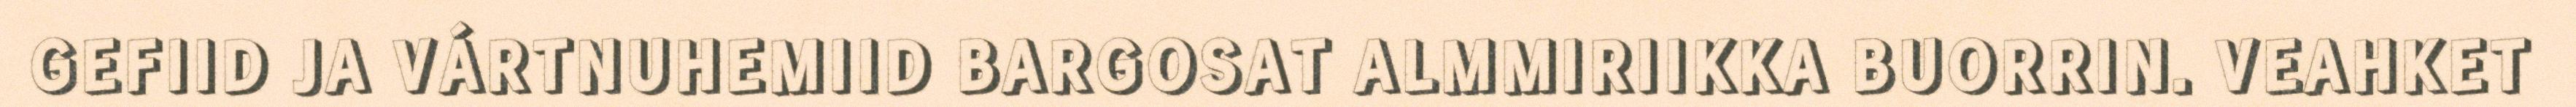
GEFIID JA VÁRTNUHEMIID BARGOSAT ALMMIRIIKKA BUORRIN. VEAHKET